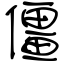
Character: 僵